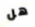
هل